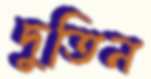
দুতিন